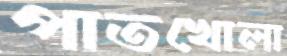
পাতখোলা